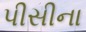
પીસીના